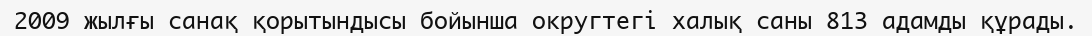
2009 жылғы санақ қорытындысы бойынша округтегі халық саны 813 адамды құрады.